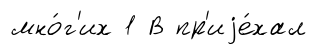
мно́г'их 1 В пр'иjе́хал